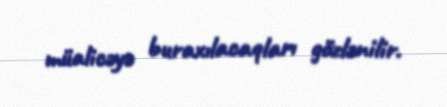
müalicəyə buraxılacaqları gözlənilir.